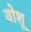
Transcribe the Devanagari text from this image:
बोशू